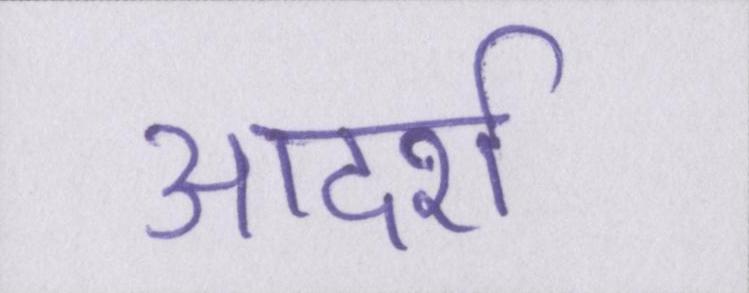
आदर्श